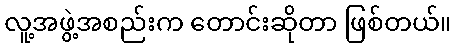
လူ့အဖွဲ့အစည်းက တောင်းဆိုတာ ဖြစ်တယ်။